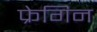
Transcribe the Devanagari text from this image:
फ्रेगिन